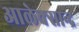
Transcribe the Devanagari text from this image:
आलेक्सान्द्र